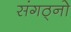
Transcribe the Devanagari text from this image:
संगठ्नो